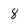
Character: 8